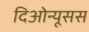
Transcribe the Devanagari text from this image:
दिओन्यूसस